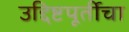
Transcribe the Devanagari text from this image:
उद्दिष्टपूर्तीचा